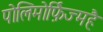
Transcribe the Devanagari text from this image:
पोलिमोर्फ़िज्महै